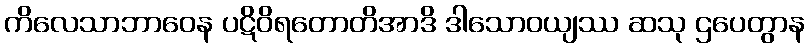
ကိလေသာဘာဝေန ပဋိဝိရတောတိအာဒိ ဒါသောဝယျဿ ဆသု ဌပေတွာန